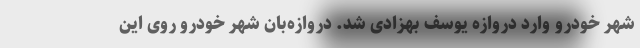
شهر خودرو وارد دروازه یوسف بهزادی شد. دروازه‌بان شهر خودرو روی این